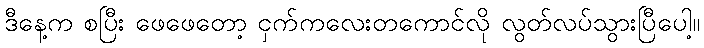
ဒီနေ့က စပြီး ဖေဖေတော့ ငှက်ကလေးတကောင်လို လွတ်လပ်သွားပြီပေါ့။